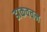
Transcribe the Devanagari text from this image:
डाकवचन